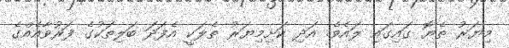
މިޔަރު ތެޔޮ ގައިގައި ލައެވެ. އަދި ކަށިމިޔަރު ތެލަކީ އެފަދަ ބަލިތަކުގެ ފަރުވާއެއްގެ